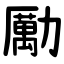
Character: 勵